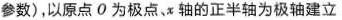
参数)，以原点O为极点α轴的正半轴为极轴建立